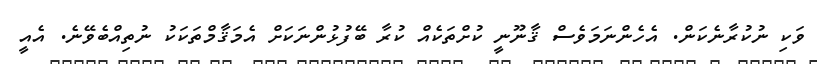
ވަކި ނުކުރާނެކަން. އެހެންނަމަވެސް ޤާނޫނީ ކުށްތަކެއް ކުރާ ބޭފުޅުންނަކަށް އެމަޤާމްތަކަކު ނުތިއްބެވޭނެ. އެއީ